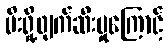
မီးရှို့ဖျက်ဆီးမှုကြောင့်